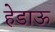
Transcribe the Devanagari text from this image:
हेडाऊ